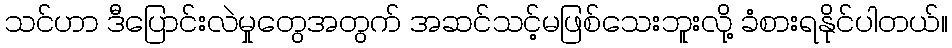
သင်ဟာ ဒီပြောင်းလဲမှုတွေအတွက် အဆင်သင့်မဖြစ်သေးဘူးလို့ ခံစားရနိုင်ပါတယ်။